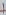
Text: 1